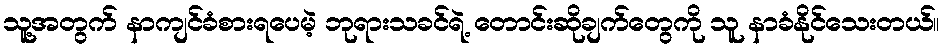
သူ့အတွက် နာကျင်ခံစားရပေမဲ့ ဘုရားသခင်ရဲ့ တောင်းဆိုချက်တွေကို သူ နာခံနိုင်သေးတယ်။